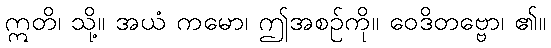
ဣတိ၊ သို့။ အယံ ကမော၊ ဤအစဉ်ကို။ ဝေဒိတဗ္ဗော၊ ၏။